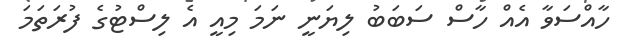
ހާއްސަވާ އެއް ހާސް ސަބަބު ލިޔަނީ ނަމަ މިއީ އެ ލިސްޓުގެ ފުރަތަމަ